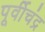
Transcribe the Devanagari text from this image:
पूर्वीचंद्र